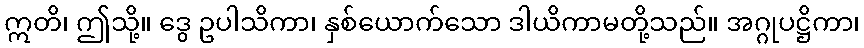
ဣတိ၊ ဤသို့။ ဒွေ ဥပါသိကာ၊ နှစ်ယောက်သော ဒါယိကာမတို့သည်။ အဂ္ဂုပဋ္ဌိကာ၊